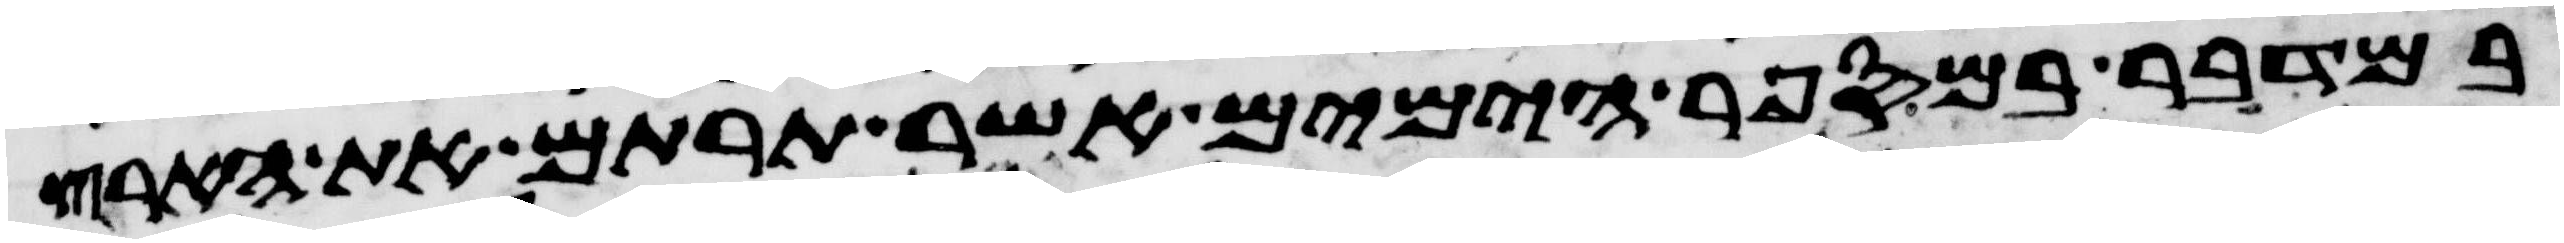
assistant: במדבר במספר הימים אשר תרתם את הארץ